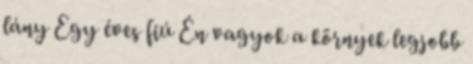
lány Egy éves fiú Én vagyok a környek legjobb